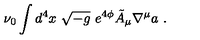
\nu _ { 0 } \int d ^ { 4 } x \ \sqrt { - g } \ e ^ { 4 \phi } \tilde { A } _ { \mu } \nabla ^ { \mu } a \ .